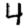
Digit: 4